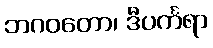
ဘဂဝတော၊ ဒီပင်္ကရာ